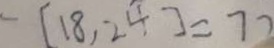
- [ 1 8 , 2 4 ] = 7 2